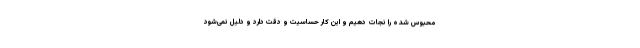
محبوس شده را نجات دهیم و این کار حساسیت و دقت دارد و دلیل نمی‌شود